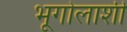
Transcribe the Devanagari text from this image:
भूगोलाशी